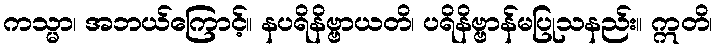
ကသ္မာ၊ အဘယ်ကြောင့်။ နပရိနိဗ္ဗာယတိ၊ ပရိနိဗ္ဗာန်မပြုသနည်း။ ဣတိ၊